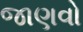
જાણવો